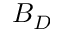
B _ { D }